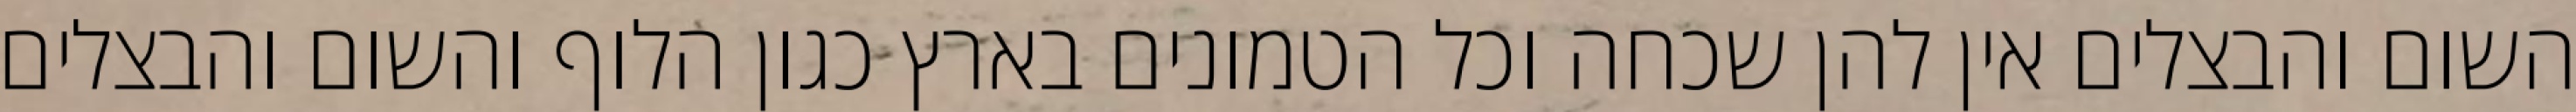
השום והבצלים אין להן שכחה וכל הטמונים בארץ כגון הלוף והשום והבצלים